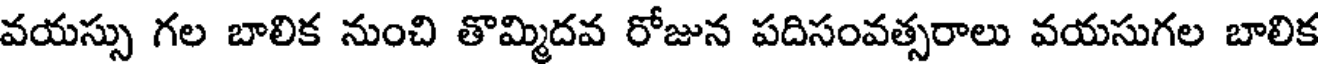
వయస్సు గల బాలిక నుంచి తొమ్మిదవ రోజున పదిసంవత్సరాలు వయసుగల బాలిక